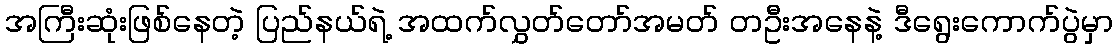
အကြီးဆုံးဖြစ်နေတဲ့ ပြည်နယ်ရဲ့ အထက်လွှတ်တော်အမတ် တဦးအနေနဲ့ ဒီရွေးကောက်ပွဲမှာ